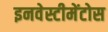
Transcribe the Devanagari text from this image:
इनवेस्टीमेंटोस